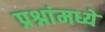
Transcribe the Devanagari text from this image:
प्रश्नांमध्ये